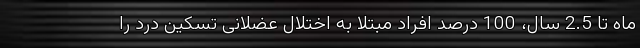
ماه تا 2.5 سال، 100 درصد افراد مبتلا به اختلال عضلانی تسکین درد را